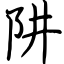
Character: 阱